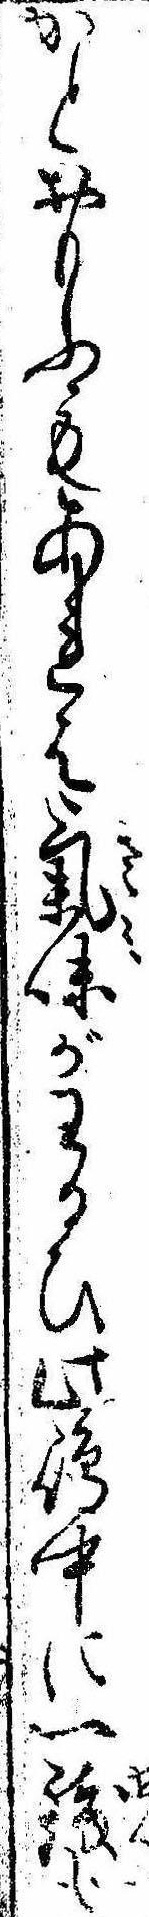
かとおもふもあれは気味がわるひ此島中に一銭も